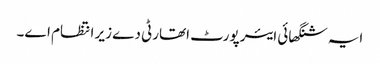
ایہ شنگھائی ایئر پورٹ اتھارٹی دے زیر انتظام ا‏‏ے۔